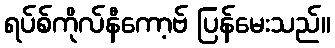
ရပ်စ်ကိုလ်နီကော့ဗ် ပြန်မေးသည်။